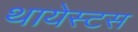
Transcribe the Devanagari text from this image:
थायेस्टस